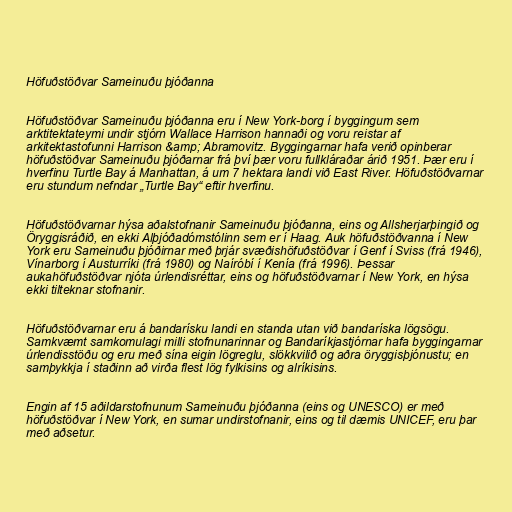
Höfuðstöðvar Sameinuðu þjóðanna

Höfuðstöðvar Sameinuðu þjóðanna eru í New York-borg í byggingum sem
arktitektateymi undir stjórn Wallace Harrison hannaði og voru reistar af
arkitektastofunni Harrison &amp; Abramovitz. Byggingarnar hafa verið opinberar
höfuðstöðvar Sameinuðu þjóðarnar frá því þær voru fullkláraðar árið 1951. Þær eru í
hverfinu Turtle Bay á Manhattan, á um 7 hektara landi við East River. Höfuðstöðvarnar
eru stundum nefndar „Turtle Bay“ eftir hverfinu.

Höfuðstöðvarnar hýsa aðalstofnanir Sameinuðu þjóðanna, eins og Allsherjarþingið og
Öryggisráðið, en ekki Alþjóðadómstólinn sem er í Haag. Auk höfuðstöðvanna í New
York eru Sameinuðu þjóðirnar með þrjár svæðishöfuðstöðvar í Genf í Sviss (frá 1946),
Vínarborg í Austurríki (frá 1980) og Naíróbí í Kenía (frá 1996). Þessar
aukahöfuðstöðvar njóta úrlendisréttar, eins og höfuðstöðvarnar í New York, en hýsa
ekki tilteknar stofnanir.

Höfuðstöðvarnar eru á bandarísku landi en standa utan við bandaríska lögsögu.
Samkvæmt samkomulagi milli stofnunarinnar og Bandaríkjastjórnar hafa byggingarnar
úrlendisstöðu og eru með sína eigin lögreglu, slökkvilið og aðra öryggisþjónustu; en
samþykkja í staðinn að virða flest lög fylkisins og alríkisins.

Engin af 15 aðildarstofnunum Sameinuðu þjóðanna (eins og UNESCO) er með
höfuðstöðvar í New York, en sumar undirstofnanir, eins og til dæmis UNICEF, eru þar
með aðsetur.